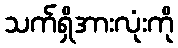
သက်ရှိအားလုံးကို